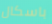
باسكال